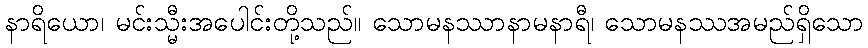
နာရိယော၊ မင်းသ္မီးအပေါင်းတို့သည်။ သောမနဿာနာမနာရီ၊ သောမနဿအမည်ရှိသော